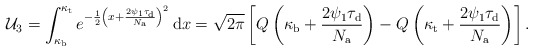
\begin{align*}\mathcal{U}_3=\int_{\kappa_{\rm b}}^{\kappa_{\rm t}}e^{-\frac{1}{2}\left(x+\frac{2\psi_{1}\tau_{\rm d}}{N_{\rm a}}\right)^2}\,\mathrm{d} x=\sqrt{{2\pi}}\left[Q\left(\kappa_{\rm b}+\frac{2\psi_{1}\tau_{\rm d}}{N_{\rm a}}\right)-Q\left(\kappa_{\rm t}+\frac{2\psi_{1}\tau_{\rm d}}{N_{\rm a}}\right)\right].\end{align*}